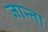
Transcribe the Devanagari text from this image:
जान्ता